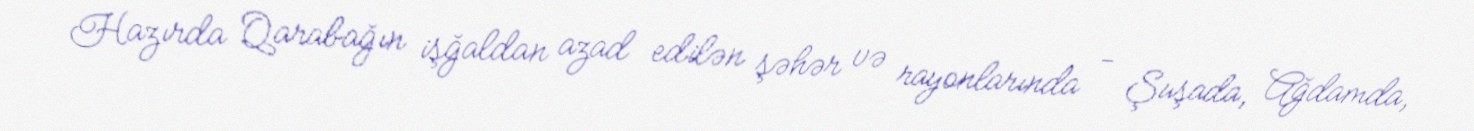
Hazırda Qarabağın işğaldan azad edilən şəhər və rayonlarında - Şuşada, Ağdamda,